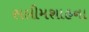
સલીમશાહના